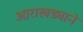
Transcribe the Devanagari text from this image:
आराखड्याने